Enquiry on enteric fever in India - Number 32
Disease focus: Fever
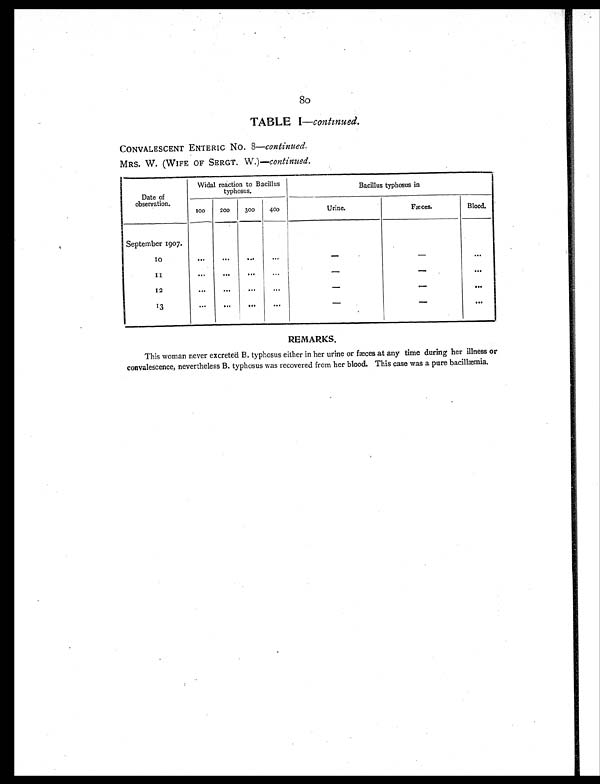
8
0
TABLE I— continued.
CONVALESCENT ENTERIC No. 8—continued.
MRS. W. (WIFE OF SERGT. W.)—continued.
Date of
observation.
Widal reaction to Bacillus
typhosus.
Bacillus typhosus in
100
200
300
400
Urine.
Fæces.
Blood.
September 1907.
1 0
. . .
...
...
. . .
- -
...
1 1
...
...
. . .
...
- -
...
12
. . .
. . .
. . .
...
- -
. . .
1 3
...
. . .
. . .
. . .
- -
. . .
REMARKS.
This woman never excreted B. typhosus either in her urine or fæces at any time during her illness or
convalescence, nevertheless B. typhosus was recovered from her blood. This case was a pure bacillæmia.